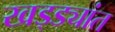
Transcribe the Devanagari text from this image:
खड्ड्यांत